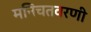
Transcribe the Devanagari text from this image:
मनिचतवरणी